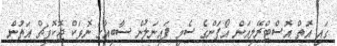
ގައި އޮތް އޮސްޓްރޭލިއަން އޯޕަންގެ ސެމީ ފައިނަލުން ސާބިއާގެ ނޮވަކް ޖޮކޮވިޗް އަތުން